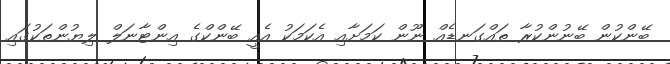
ބޭންކުން ބޭނުންކުރާ ތައްގަނޑެއް ނޫން ކަމަށާއި އެކަމަކު އެއީ ބޭންކްގެ އިންޓާނަލް ލިޔުންތަކުގައި